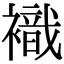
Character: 𧝊